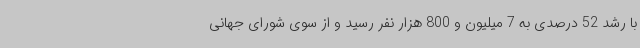
با رشد 52 درصدی به 7 میلیون و 800 هزار نفر رسید و از سوی شورای جهانی